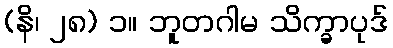
(နိ၊ ၂၈) ၁။ ဘူတဂါမ သိက္ခာပုဒ်